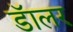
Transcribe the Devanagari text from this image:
डॅालर